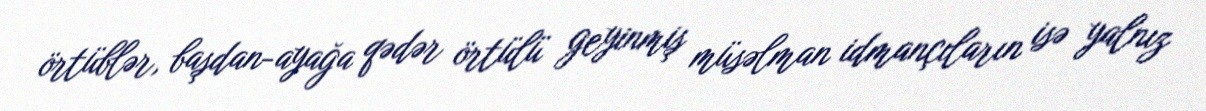
örtüblər, başdan-ayağa qədər örtülü geyinmiş müsəlman idmançıların isə yalnız